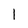
Character: l